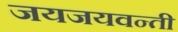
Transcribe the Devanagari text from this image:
जयजयवन्ती